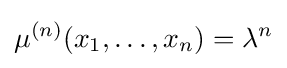
\mu ^{(n)}(x_{1},\dots ,x_{n})=\lambda ^{n}